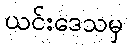
ယင်းဒေသမှ